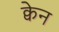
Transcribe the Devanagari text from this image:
क्वेन